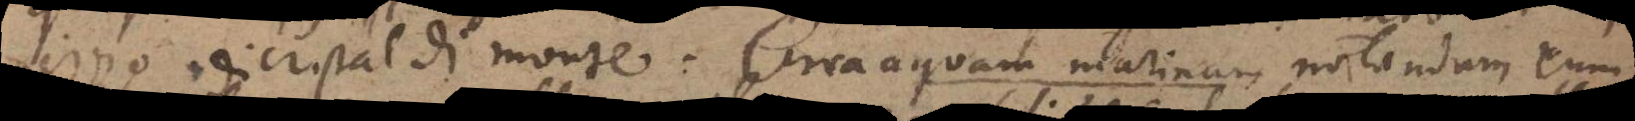
pezzo di cristal di monte. Circa aquam marinam notandum cum